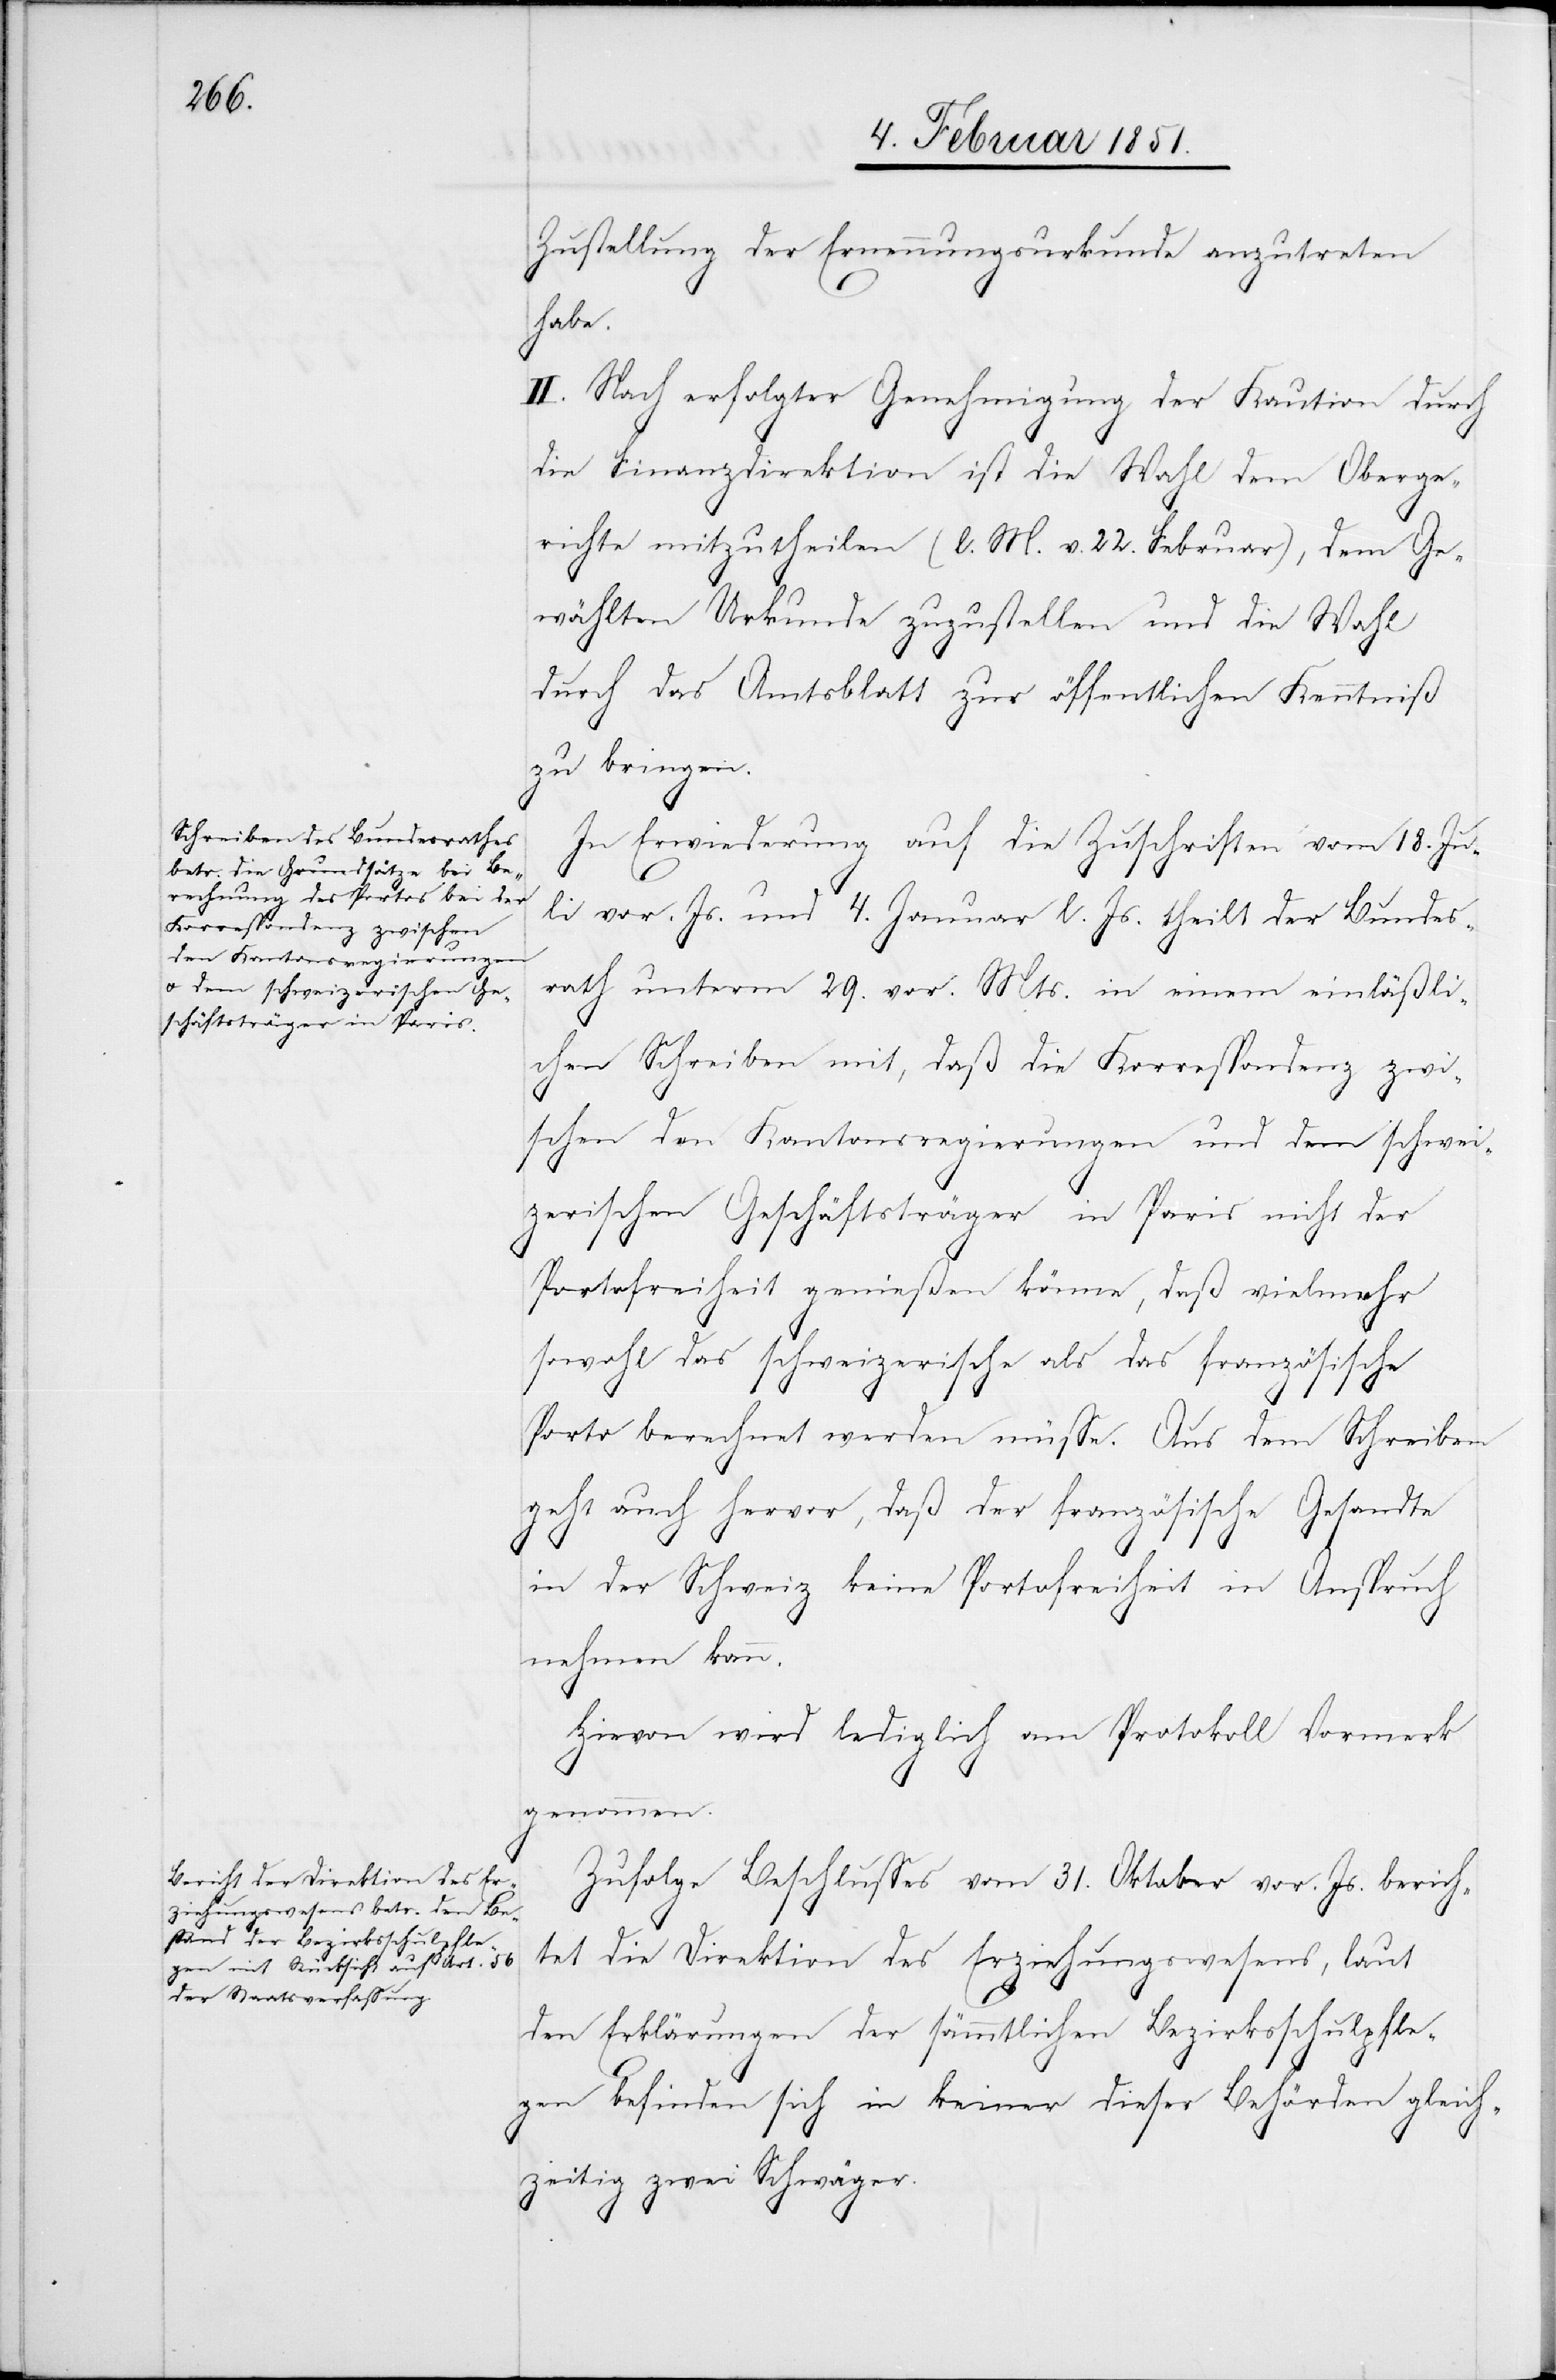
Zustellung der Ernennungsurkunde anzutreten
habe.
II. Nach erfolgter Genehmigung der Kaution durch
die Finanzdirektion ist die Wahl dem Oberge¬
richte mitzutheilen (l. M. v. 22. Februar), dem Ge¬
wählten Urkunde zuzustellen und die Wahl
durch das Amtsblatt zur öffentlichen Kenntniß
zu bringen.
In Erwiederung auf die Zuschriften vom 18. Ju¬
li vor. Js. und 4. Januar l. Js. theilt der Bundes¬
rath unterm 29. vor. Mts. in einem einläßli¬
chen Schreiben mit, daß die Korrespondenz zwi¬
schen den Kantonsregierungen und dem schwei¬
zerischen Geschäftsträger in Paris nicht der
Portofreiheit genießen könne, daß vielmehr
sowohl das schweizerische als das französische
Porto berechnet werden müße. Aus dem Schreiben
geht auch hervor, daß der französische Gesandte
in der Schweiz keine Portofreiheit in Anspruch
nehmen kann.
Hievon wird lediglich am Protokoll Vormerk
genommen.
Zufolge Beschlusses vom 31. Oktober vor. Js. berich¬
tet die Direktion des Erziehungswesens, laut
den Erklärungen der sämmtlichen Bezirksschulpfle¬
gen befinden sich in keiner dieser Behörden gleich¬
zeitig zwei Schwäger.